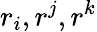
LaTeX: r_{i},r^{j},r^{k}